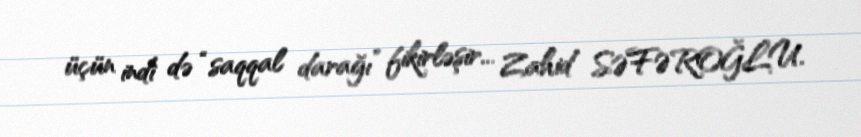
üçün indi də “saqqal darağı” fikirləşir... Zahid SƏFƏROĞLU.